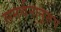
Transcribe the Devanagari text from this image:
समर्थनानुरूप